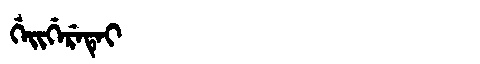
Manchu: ᡤᡝᡳᡤᡝᡵᡝᡨᡝᡳ
Romanization: GEIGERETEI